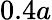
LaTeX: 0.4a